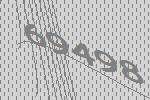
69498